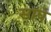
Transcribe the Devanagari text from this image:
सापं